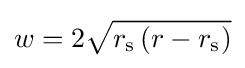
w=2{\sqrt {r_{\text{s}}\left(r-r_{\text{s}}\right)}}